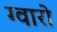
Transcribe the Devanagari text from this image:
ग्वारो